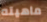
ماهيته